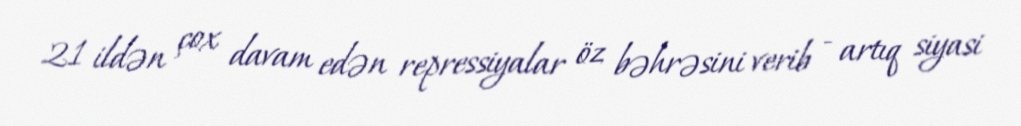
21 ildən çox davam edən repressiyalar öz bəhrəsini verib - artıq siyasi